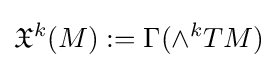
{\mathfrak {X}}^{k}(M):=\Gamma (\wedge ^{k}TM)